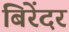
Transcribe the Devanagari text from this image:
बिरेंदर